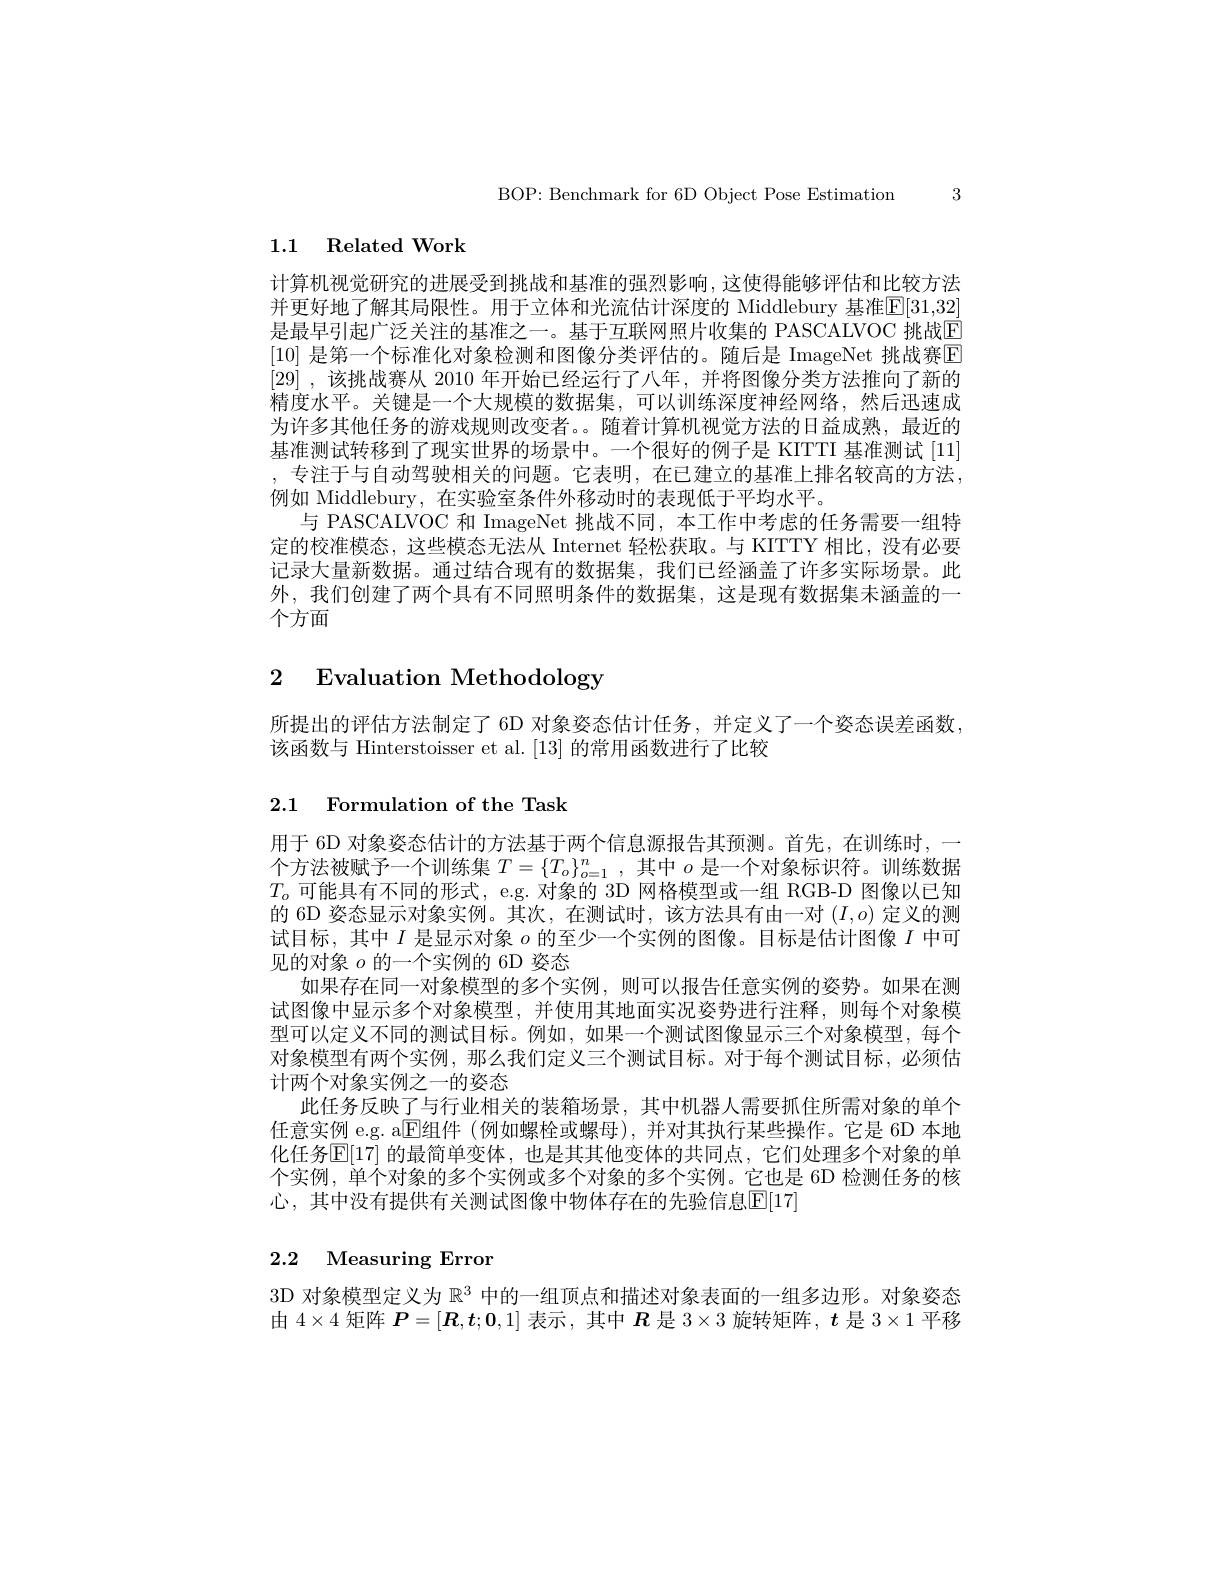
BOP: Benchmark for 6D Object Pose Estimation 3

## 1.1 Related Work

计算机视觉研究的进展受到挑战和基准的强烈影响，这使得能够评估和比较方法并更好地了解其局限性。用于立体和光流估计深度的 Middlebury 基准[E[31,32] 是最早引起广泛关注的基准之一。基于互联网照片收集的 PASCALVOC 挑战E [10] 是第一个标准化对象检测和图像分类评估的。随后是 ImageNet 挑战赛$\boxed{\mathrm{E}}$ [29] ,该挑战赛从 2010 年开始已经运行了八年，并将图像分类方法推向了新的精度水平。关键是一个大规模的数据集，可以训练深度神经网络，然后迅速成为许多其他任务的游戏规则改变者。。随着计算机视觉方法的日益成熟，最近的基准测试转移到了现实世界的场景中。一个很好的例子是 KITTI 基准测试[11] , 专注于与自动驾驶相关的问题。它表明，在已建立的基准上排名较高的方法， 例如 Middlebury, 在实验室条件外移动时的表现低于平均水平。
与 PASCALVOC 和 ImageNet 挑战不同，本工作中考虑的任务需要一组特定的校淮模态，这些模态无法从 Internet 轻松获取。与 KITTY 相比，没有必要记录大量新数据。通过结合现有的数据集，我们已经涵盖了许多实际场景。此外，我们创建了两个具有不同照明条件的数据集，这是现有数据集未涵盖的一个方面

# 2 Evaluation Methodology

所提出的评估方法制定了 6D 对象姿态估计任务，并定义了一个姿态误差函数，
该函数与 Hinterstoisser et al. [13] 的常用函数进行了比较

## 2.1 Formulation of the Task

用于 6D 对象姿态估计的方法基于两个信息源报告其预测。首先，在训练时，一个方法被赋予一个训练集$T=\{T_o\}_{o=1}^n$,其中$o$是一个对象标识符。训练数据$T_o$可能具有不同的形式，e.g. 对象的 3D 网格模型或一组 RGB-D 图像以已知的 6D 姿态显示对象实例。其次，在测试时，该方法具有由一对$(I,o)$定义的测试目标，其中$I$是显示对象$o$的至少一个实例的图像。目标是估计图像$I$中可见的对象$o$的一个实例的 6D 姿态
如果存在同一对象模型的多个实例，则可以报告任意实例的姿势。如果在测试图像中显示多个对象模型，并使用其地面实况姿势进行注释，则每个对象模型可以定义不同的测试目标。例如，如果一个测试图像显示三个对象模型，每个对象模型有两个实例，那么我们定义三个测试目标。对于每个测试目标，必须估计两个对象实例之一的姿态
此任务反映了与行业相关的装箱场景，其中机器人需要抓住所需对象的单个任意实例 e.g. a$\boxed{\mathrm{E}\text{组件(例如螺栓或螺母),并对其执行某些操作。它是 6D 本地}}$ 化任务$\overline{\mathbb{E}}[17]$ 的最简单变体，也是其其他变体的共同点，它们处理多个对象的单个实例，单个对象的多个实例或多个对象的多个实例。它也是 6D 检测任务的核心，其中没有提供有关测试图像中物体存在的先验信息$\boxed{\mathrm{E}}[17]$

# 2.2 Measuring Error

3D 对象模型定义为$\mathbb{R}^3$中的一组顶点和描述对象表面的一组多边形。对象姿态由$4\times4$矩阵$P=[R,t;0,1]$表示 ,其中$\boldsymbol{R}$是$3\times3$旋转矩阵，$t$是$3\times1$平移